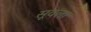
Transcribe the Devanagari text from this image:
सूवला